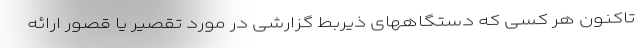
تاکنون هر کسی که دستگاههای ذیربط گزارشی در مورد تقصیر یا قصور ارائه